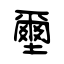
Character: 壐